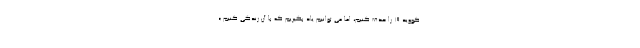
کووید ۱۹ را حذف کنیم، اما می توانیم یاد بگیریم که با آن زندگی کنیم.»